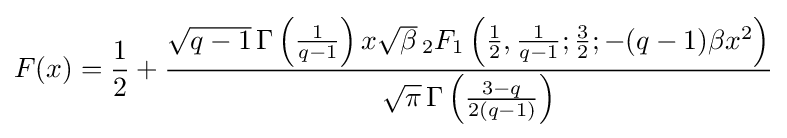
F(x)={\frac {1}{2}}+{\frac {{\sqrt {q-1}}\,\Gamma \left({1 \over q-1}\right)x{\sqrt {\beta }}\,{}_{2}F_{1}\left({\tfrac {1}{2}},{\tfrac {1}{q-1}};{\tfrac {3}{2}};-(q-1)\beta x^{2}\right)}{{\sqrt {\pi }}\,\Gamma \left({3-q \over 2(q-1)}\right)}}